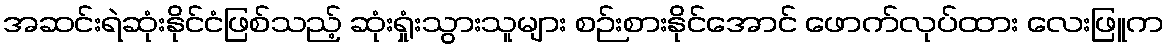
အဆင်းရဲဆုံးနိုင်ငံဖြစ်သည့် ဆုံးရှုံးသွားသူများ စဉ်းစားနိုင်အောင် ဖောက်လုပ်ထား လေးဖြူက